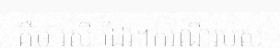
គឹម រស្មី ដែរ។ករណីរបស់